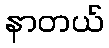
နာတယ်